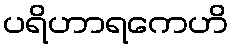
ပရိဟာရကေဟိ